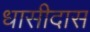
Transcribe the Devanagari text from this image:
धासीदास